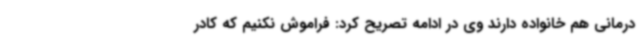
درمانی هم خانواده دارند وی در ادامه تصریح کرد: فراموش نکنیم که کادر